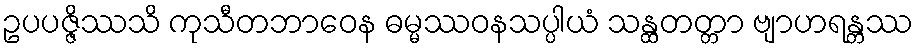
ဥပပဇ္ဇိဿသိ ကုသီတဘာဝေန ဓမ္မဿဝနသပ္ပါယံ သန္ထတတ္တာ ဗျာဟရန္တဿ